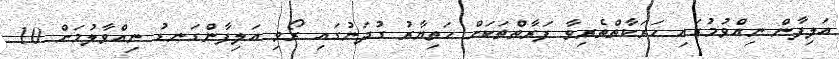
އަލިފާން ނިއްވުމުގައި ހަރަކާތްތެރިވާ ފަރާތްތަކަށް ހަތިޔާރު ގުދަނުގައި ރޯވި އަލިފާންގަނޑު ނިއްވާލުމަށް 10